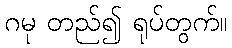
ဂမု တည်၍ ရုပ်တွက်။